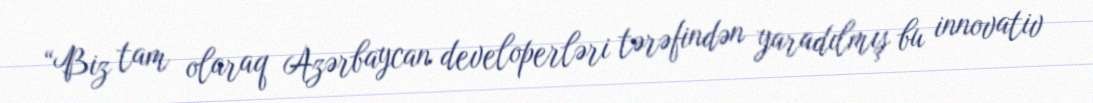
“Biz tam olaraq Azərbaycan developerləri tərəfindən yaradılmış bu innovativ